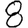
Digit: 8